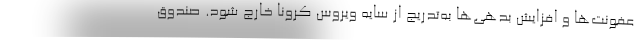
عفونت‌ها و افزایش بدهی‌ها به‌تدریج از سایه ویروس کرونا خارج شود. صندوق